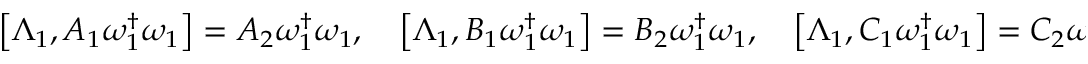
\begin{array} { r } { \left[ \Lambda _ { 1 } , { A _ { 1 } } \omega _ { 1 } ^ { \dagger } \omega _ { 1 } \right] = { A _ { 2 } } \omega _ { 1 } ^ { \dagger } \omega _ { 1 } , \quad \left[ \Lambda _ { 1 } , { B _ { 1 } } \omega _ { 1 } ^ { \dagger } \omega _ { 1 } \right] = { B _ { 2 } } \omega _ { 1 } ^ { \dagger } \omega _ { 1 } , \quad \left[ \Lambda _ { 1 } , { C _ { 1 } } \omega _ { 1 } ^ { \dagger } \omega _ { 1 } \right] = { C _ { 2 } } \omega _ { 1 } ^ { \dagger } \omega _ { 1 } . } \end{array}